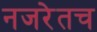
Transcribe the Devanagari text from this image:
नजरेतच